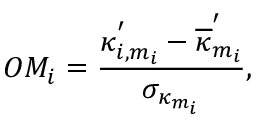
O M _ { i } = \frac { \kappa _ { i , m _ { i } } ^ { ' } - \overline { { \kappa } } _ { m _ { i } } ^ { ' } } { \sigma _ { \kappa _ { m _ { i } } } } ,